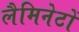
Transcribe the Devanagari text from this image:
लैमिनेटों